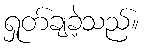
ရှုတ်ချခဲ့သည်။